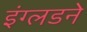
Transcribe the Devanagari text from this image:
इंग्लडने